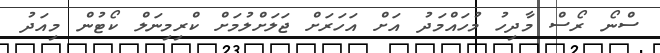
ސްނޯ ރޯސް މާދިހު މުހައްމަދު އަށް އަހަރަށް ޖަލަށްލުމަށް ކްރިމިނަލް ކޯޓުން މިއަދު